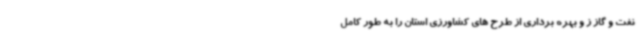
نفت و گاز ز و بهره برداری از طرح های کشاورزی استان را به طور کامل